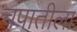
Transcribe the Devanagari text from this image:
चपातीला